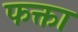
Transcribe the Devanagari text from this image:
फक्ता